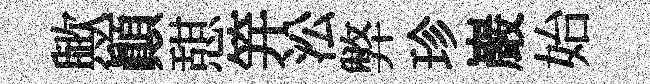
歟顛憇笄㳂弊珍巖始